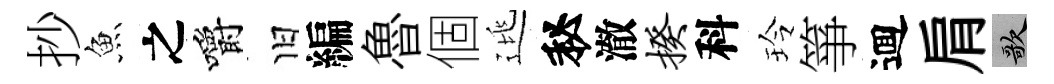
抄魚之嚼旧編魯個逃秘澈揆科玲箏逥肩歌